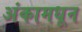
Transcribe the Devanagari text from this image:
अंकामधून